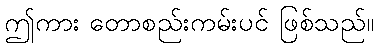
ဤကား တောစည်းကမ်းပင် ဖြစ်သည်။